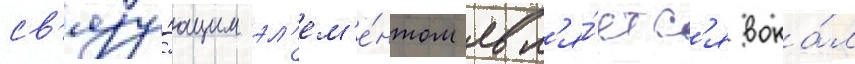
св'язу́ющим эл'ем'е́нтом явл'я́етс'я вока́л